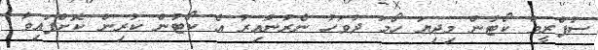
ސުޕްރީމް ކޯޓުން މިދިޔަ ހޯމަ ދުވަހު ނެރުނުއިރު އެ ކޯޓުން ކުރިން ކޮށްފައިވާ